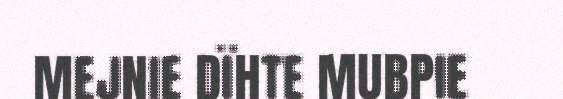
MEJNIE DÏHTE MUBPIE